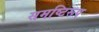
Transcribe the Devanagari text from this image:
समष्टिरूप